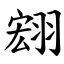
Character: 翝